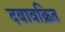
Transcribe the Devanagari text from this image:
दबावक्रित